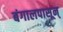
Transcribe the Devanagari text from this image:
बंगालपासून्